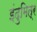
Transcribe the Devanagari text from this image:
इंदुमित्र